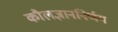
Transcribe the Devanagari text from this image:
कौलज्ञाननिर्णय